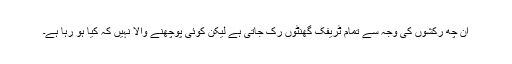
اُن چھ رکشوں کی وجہ سے تمام ٹریفک گھنٹوں رُک جاتی ہے لیکن کوئی پوچھنے والا نہیں کہ کیا ہو رہا ہے۔